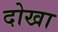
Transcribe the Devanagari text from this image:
दोखा